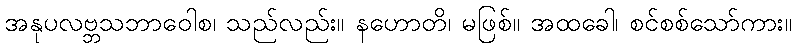
အနုပလဗ္ဘသဘာဝေါစ၊ သည်လည်း။ နဟောတိ၊ မဖြစ်။ အထခေါ၊ စင်စစ်သော်ကား။